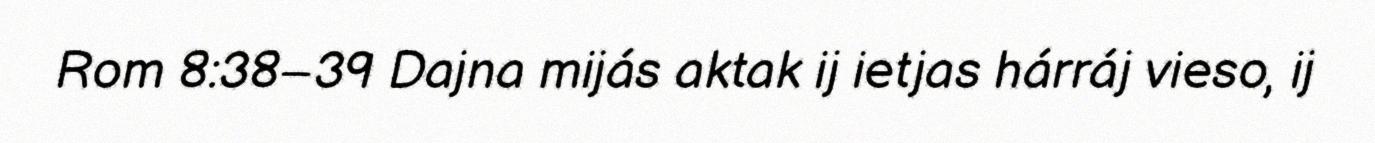
Rom 8:38–39 Dajna mijás aktak ij ietjas hárráj vieso, ij